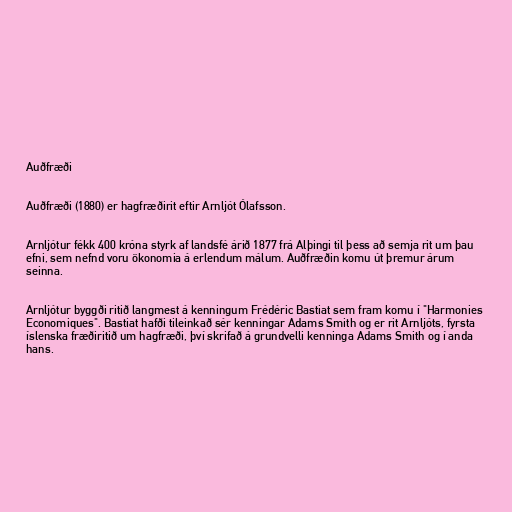
Auðfræði

Auðfræði (1880) er hagfræðirit eftir Arnljót Ólafsson.

Arnljótur fékk 400 króna styrk af landsfé árið 1877 frá Alþingi til þess að semja rit um þau
efni, sem nefnd voru ökonomia á erlendum málum. Auðfræðin komu út þremur árum
seinna.

Arnljótur byggði ritið langmest á kenningum Frédéric Bastiat sem fram komu í "Harmonies
Economiques". Bastiat hafði tileinkað sér kenningar Adams Smith og er rit Arnljóts, fyrsta
íslenska fræðiritið um hagfræði, því skrifað á grundvelli kenninga Adams Smith og í anda
hans.